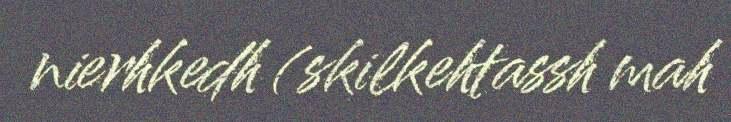
nierhkedh (skilkehtassh mah